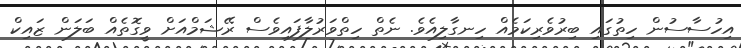
އިހުސާސުން ހިތުގައި ބިރުވެރިކަމެއް ހިނގާލިއެވެ. ނެތް ހިތްވަރުލާފައިވެސް ރޭޝަމްއަށް ވީގޮތެއް ބަލަން ޒައިކް